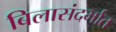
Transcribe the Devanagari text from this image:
बिलासंदर्भात